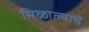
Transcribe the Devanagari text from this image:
मिळाल्याचें